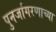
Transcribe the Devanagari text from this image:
पुनर्जागरणाच्या